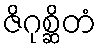
ဇိဂုစ္ဆိတံ